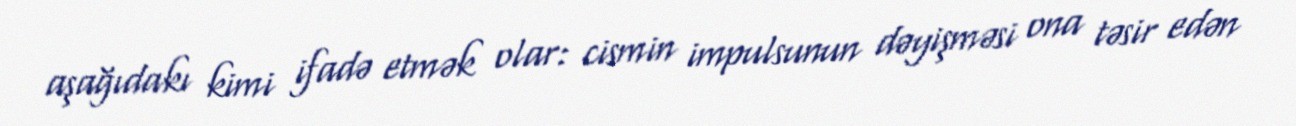
aşağıdakı kimi ifadə etmək olar: cismin impulsunun dəyişməsi ona təsir edən